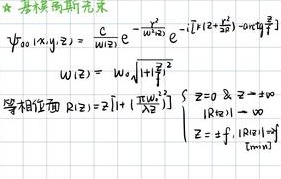
\[
\begin{align*}
\psi_{00}(x,y,z)&=\frac{1}{\omega(z)}e^{-\frac{x^{2}+y^{2}}{\omega^{2}(z)}}e^{-i\left(kz+\frac{kr^{2}}{2R(z)}\right)-i\omega_{0}\frac{\pi}{2}}\\
w(z)&=w_{0}\sqrt{1+\frac{z^{2}}{z_{0}^{2}}}\\
\text{等相位面 }R(z)&=z\left[1+\left(\frac{\pi w_{0}^{2}}{\lambda z}\right)^{2}\right]\\
&\begin{cases}
z = 0 & \& & z \to \pm\infty\\
|R(z)| &\to &\infty\\
z = \pm f, &\text{ 则 }& R(\pm f)=\pm 2f
\end{cases}
\end{align*}
\]